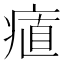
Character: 𭼔